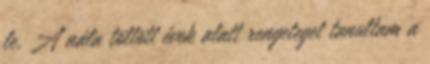
le. A nála töltött évek alatt rengeteget tanultam a